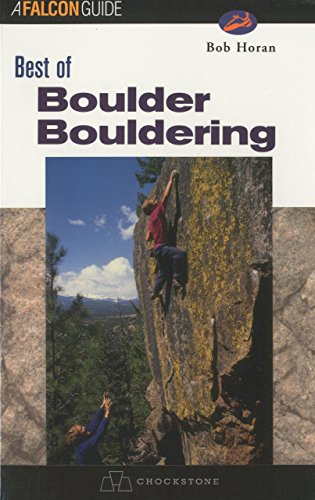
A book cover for Best of Boulder Bouldering; Bob Horan; Travel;